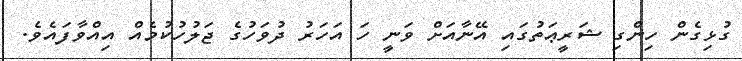
ގުޅިގެން ހިންގި ޝަރީޢަތުގައި އޭނާއަށް ވަނީ ހަ އަހަރު ދުވަހުގެ ޖަލުހުކުމެއް އިއްވާފައެވެ.